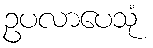
ဥပလာပေသုံ